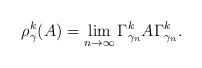
LaTeX: \begin{align*}\rho^k_\gamma(A)=\lim_{n \to \infty} \Gamma^k_{\gamma_n} A \Gamma^k_{\gamma_n}.\end{align*}